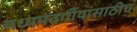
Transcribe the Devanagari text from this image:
मध्यमवर्गीयांसाठीच